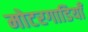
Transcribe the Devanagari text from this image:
मोटरगाडियाँ